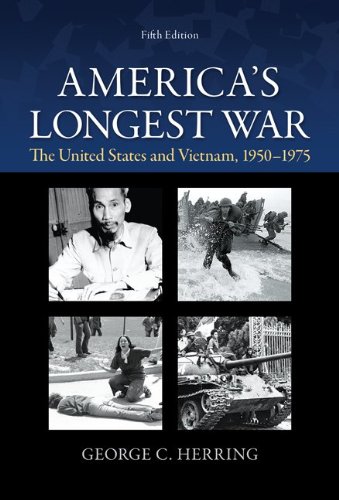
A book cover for America's Longest War: The United States and Vietnam, 1950-1975; George Herring; History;